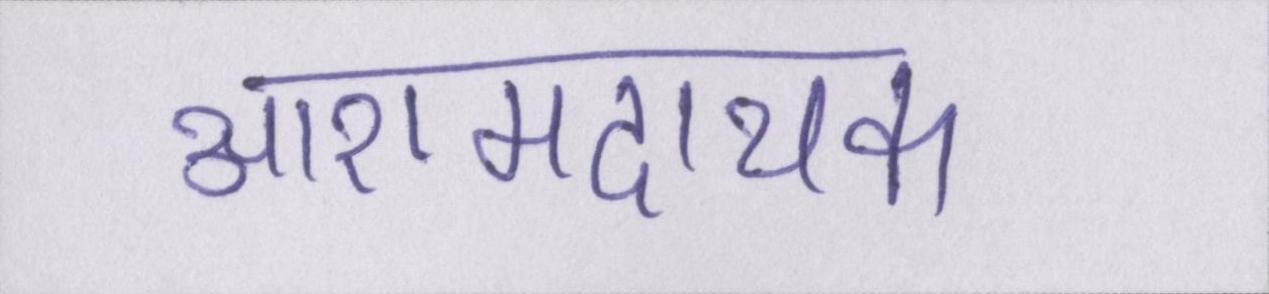
आरामदायक